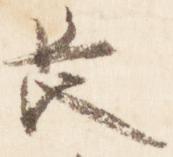
長